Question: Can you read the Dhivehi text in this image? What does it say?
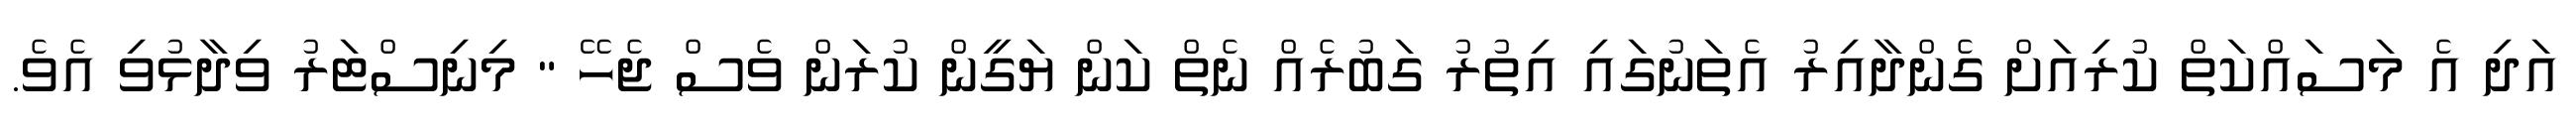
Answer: އަދި އެ މަސައްކަތް ކުރިއަށް ގެންދާއިރު އެތަނުގައި އިތުރު ގަބުރެއް ނެތް ކަން ޔަގީން ކުރަން ވެސް ޖެހޭ " މިނިސްޓަރު ވިދާޅުވި އެވެ.